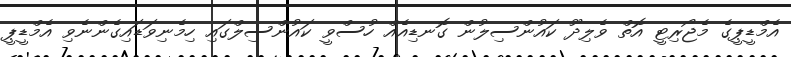
އެމްޑީޕީގެ މެޖޯރިޓީ އޮތް ވެލިދޫ ކައުންސިލުން ގޮނޑިއެއް ހުސްވީ ކައުންސިލްގައި ހިމެނިވަޑައިގެންނެވި އެމްޑީޕީ